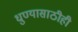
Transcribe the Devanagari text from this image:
धुण्यासाठीही